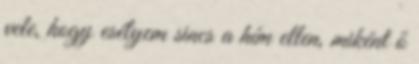
vele, hogy esélyem sincs a hím ellen, miként ő